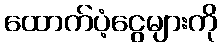
ထောက်ပံ့ငွေများကို